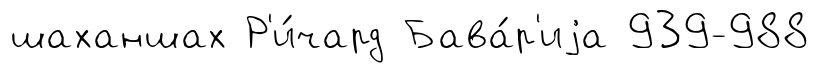
шаханшах Р'и́чард Бава́р'иjа 939-988